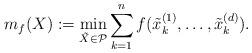
LaTeX: \begin{align*}m_f(X):=\min_{\tilde{X}\in\mathcal{P}}\sum_{k=1}^nf(\tilde{x}^{(1)}_k,\dots,\tilde{x}^{(d)}_k).\end{align*}